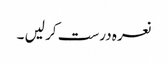
نعرہ درست کر لیں‌ ۔